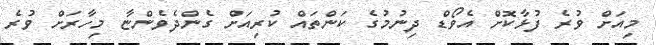
މިއަށް ވުރެ ފުޅާކޮށް އެވޯޑް ދިނުމުގެ ކަންތައް ކުރިއަށް ގެންދެވެންޏާ މިހާރަށް ވުރެ